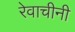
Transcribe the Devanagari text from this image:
रेवाचीनी